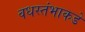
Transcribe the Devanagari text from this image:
वधस्तंभाकडे